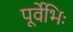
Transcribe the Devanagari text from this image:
पूर्वेभिः